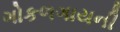
ગોકળગાયની